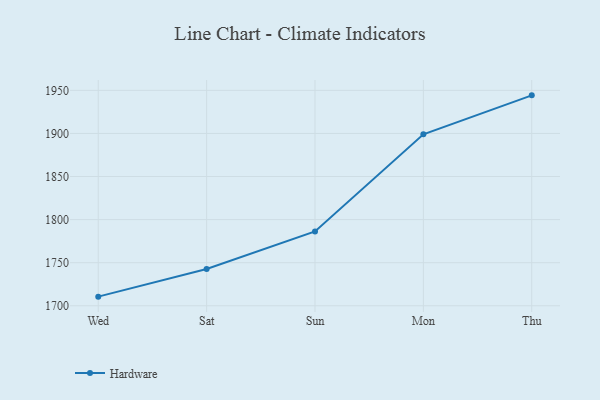
{"axis": {"x": "Day", "y": "Market Share (%)"}, "legend": ["Hardware"], "data": [{"x": "Wed", "y": 1710.6, "type": "Hardware"}, {"x": "Sat", "y": 1742.7, "type": "Hardware"}, {"x": "Sun", "y": 1786.3, "type": "Hardware"}, {"x": "Mon", "y": 1899.0, "type": "Hardware"}, {"x": "Thu", "y": 1944.2, "type": "Hardware"}]}